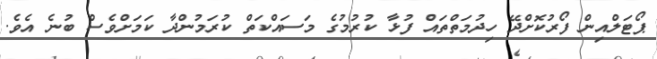
ޕޯޓަލްއިން ފޯރުކޮށްދޭ ހިދުމަތްތައް ފުޅާ ކުރުމުގެ މަސައްކަތް ކުރަމުންދާ ކަމަށްވެސް ބުނެ އެވެ.